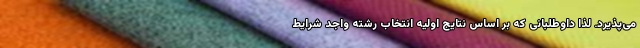
می‌پذیرد. لذا داوطلبانی که بر اساس نتایج اولیه انتخاب رشته واجد شرایط